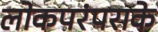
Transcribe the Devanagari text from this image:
लोकपरंपराके